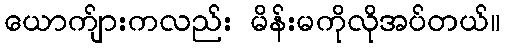
ယောက်ျားကလည်း မိန်းမကိုလိုအပ်တယ်။